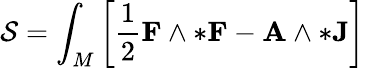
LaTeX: \mathcal{S}=\int_{M}\left[{\frac{{1}}{{2}}}\mathbf{{F}}\wedge*\mathbf{{F}}-\mathbf{{A}}\wedge*\mathbf{{J}}\right]